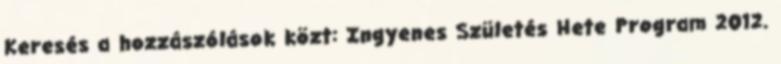
Keresés a hozzászólások közt: Ingyenes Születés Hete Program 2012.